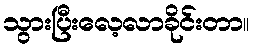
သွားပြီးလေ့လာခိုင်းတာ။